Civil Veterinary Department. United Provinces 1912-22 - 1912-1922
Year: 1912
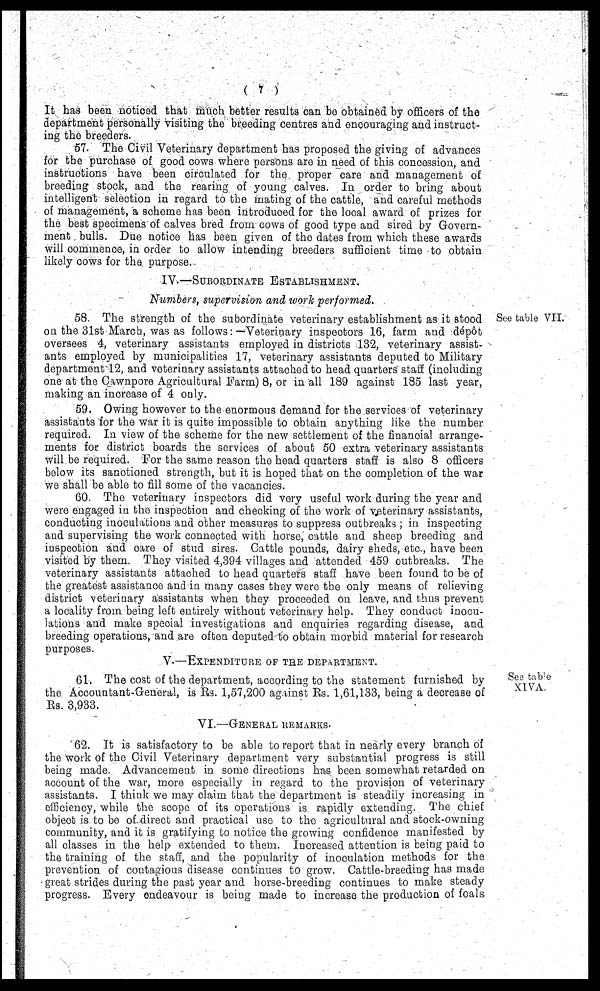
(7)
It has been noticed that much better results can be obtained by officers of the
department personally visiting the breeding centres and encouraging and instruct-
ing the breeders.
57. The Civil Veterinary department has proposed the giving of advances
for the purchase of good cows where persons are in need of this concession, and
instructions have been circulated for the proper care and management of
breeding stock, and the rearing of young calves. In order to bring about
intelligent selection in regard to the mating of the cattle, and careful methods
of management, a scheme has been introduced for the local award of prizes for
the best specimens of calves bred from cows of good type and sired by Govern-
ment bulls. Due notice has been given of the dates from which these awards
will commence, in order to allow intending breeders sufficient time to obtain
likely cows for the purpose.
IV.—Subordinate Establishment.
Numbers, supervision and work performed.
See table VII.
58. The strength of the subordinate veterinary establishment as it stood
on the 31st March, was as follows:—Veterinary inspectors 16, farm and dépôt
oversees 4, veterinary assistants employed in districts 132, veterinary assist-
ants employed by municipalities 17, veterinary assistants deputed to Military
department 12, and veterinary assistants attached to head quarters staff (including
one at the Cawnpore Agricultural Farm) 8, or in all 189 against 185 last year,
making an increase of 4 only.
59. Owing however to the enormous demand for the services of veterinary
assistants for the war it is quite impossible to obtain anything like the number
required. In view of the scheme for the new settlement of the financial arrange-
ments for district boards the services of about 50 extra veterinary assistants
will be required. For the same reason the head quarters staff is also 8 officers
below its sanctioned strength, but it is hoped that on the completion of the war
we shall be able to fill some of the vacancies.
60. The veterinary inspectors did very useful work during the year and
were engaged in the inspection and checking of the work of veterinary assistants,
conducting inoculations and other measures to suppress outbreaks; in inspecting
and supervising the work connected with horse, cattle and sheep breeding and
inspection and care of stud sires. Cattle pounds, dairy sheds, etc., have been
visited by them. They visited 4,394 villages and attended 459 outbreaks. The
veterinary assistants attached to head quarters staff have been found to be of
the greatest assistance and in many cases they were the only means of relieving
district veterinary assistants when they proceeded on leave, and thus prevent
a locality from being left entirely without veterinary help. They conduct inocu-
lations and make special investigations and enquiries regarding disease, and
breeding operations, and are often deputed to obtain morbid material for research
purposes.
V.—Expenditure of the department.
See table
XIVA.
61. The cost of the department, according to the statement furnished by
the Accountant-General, is Rs. 1,57,200 against Rs. 1,61,133, being a decrease of
Rs. 3,933.
VI.—General remarks.
62. It is satisfactory to be able to report that in nearly every branch of
the work of the Civil Veterinary department very substantial progress is still
being made. Advancement in some directions has been somewhat retarded on
account of the war, more especially in regard to the provision of veterinary
assistants. I think we may claim that the department is steadily increasing in
efficiency, while the scope of its operations is rapidly extending. The chief
object is to be of direct and practical use to the agricultural and stock-owning
community, and it is gratifying to notice the growing confidence manifested by
all classes in the help extended to them. Increased attention is being paid to
the training of the staff, and the popularity of inoculation methods for the
prevention of contagious disease continues to grow. Cattle-breeding has made
great strides during the past year and horse-breeding continues to make steady
progress. Every endeavour is being made to increase the production of foals